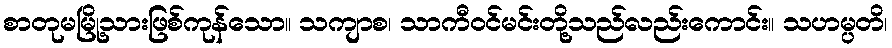
စာတုမမြို့သားဖြစ်ကုန်သော။ သကျာစ၊ သာကီဝင်မင်းတို့သည်လည်းကောင်း။ သဟမ္ပတိ၊